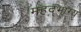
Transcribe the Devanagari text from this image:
महद्‌भाग्य